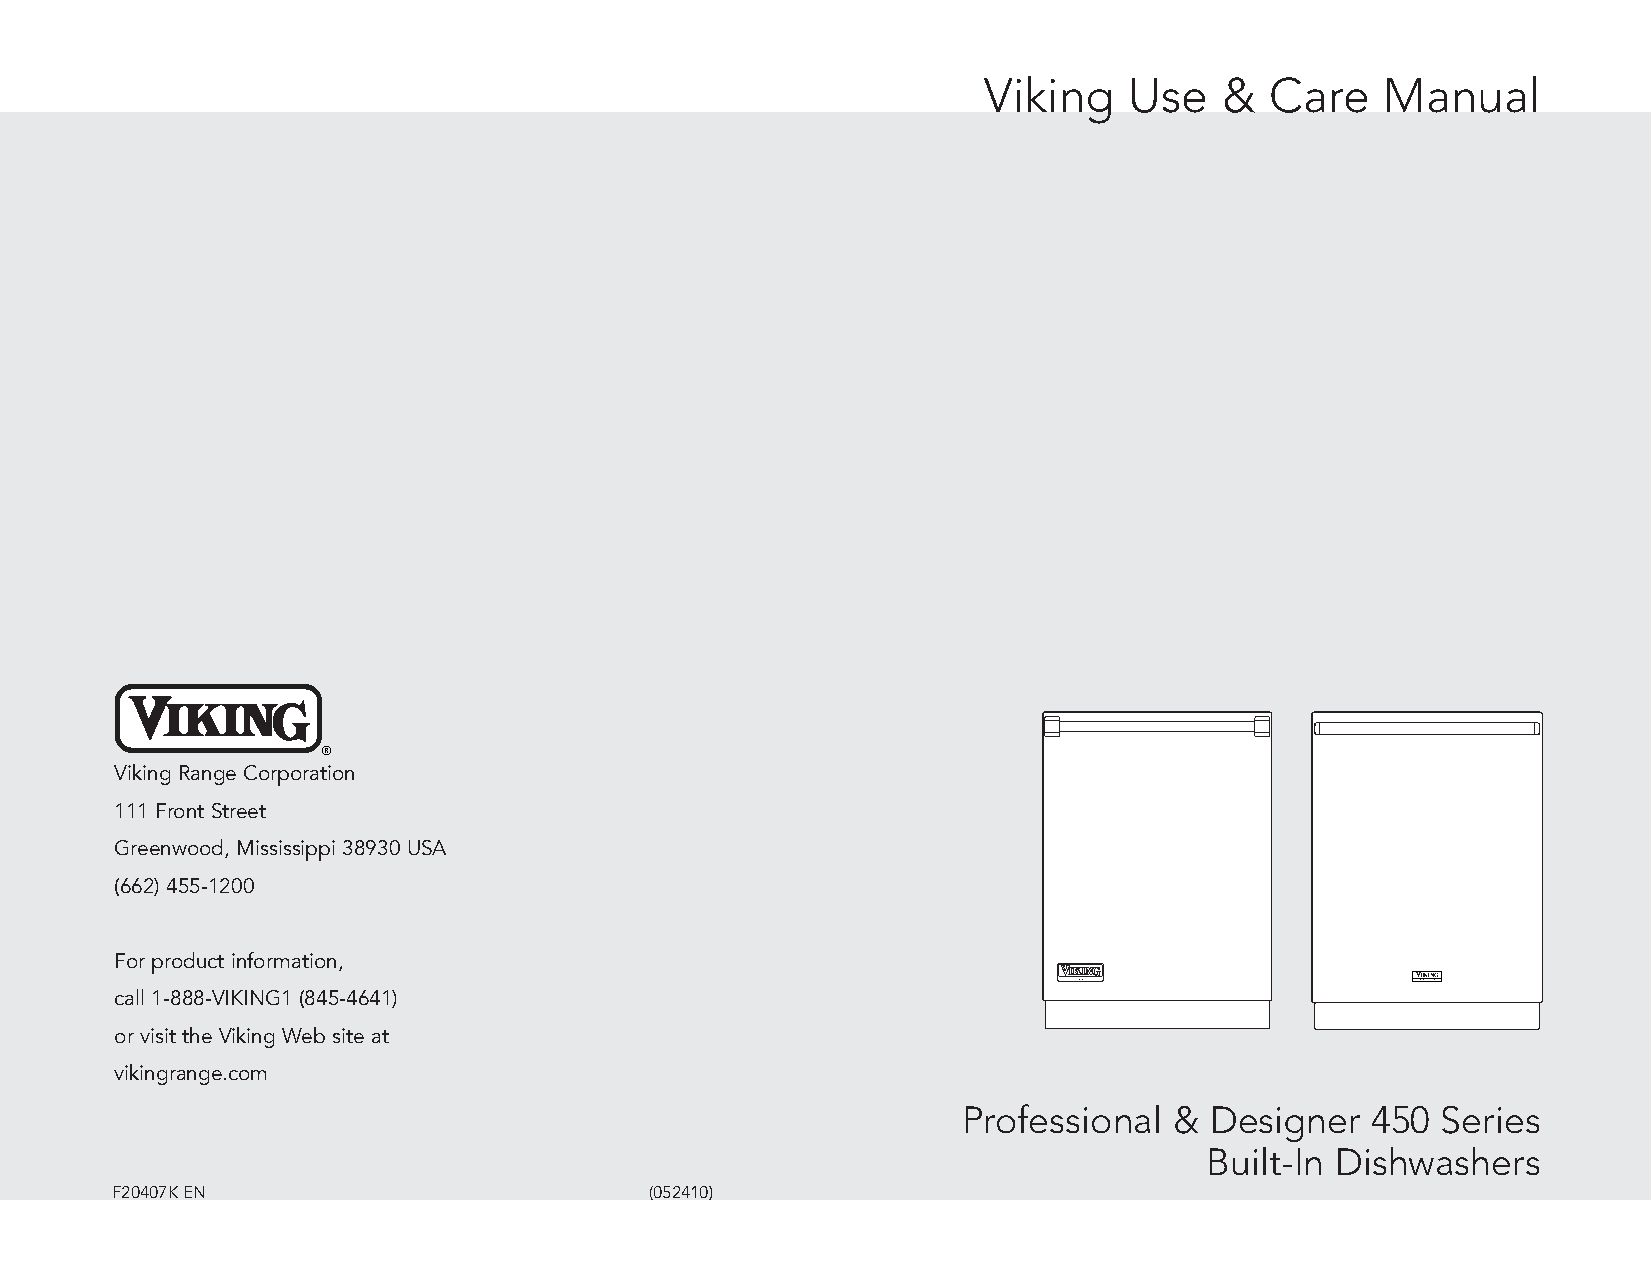
Viking    Use   &  Care    Manual
 ®
 Viking Range Corporation
 111 Front Street
 Greenwood, Mississippi 38930 USA
 (662) 455-1200
 For product information,
 call 1-888-VIKING1 (845-4641)
 or visit the Viking Web site at
 vikingrange.com
 Professional  & Designer   450 Series
 Built-In Dishwashers
 F20407KEN                           (052410)